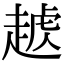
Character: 𧼥